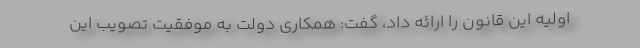
اولیه این قانون را ارائه داد، گفت: همکاری دولت به موفقیت تصویب این